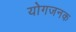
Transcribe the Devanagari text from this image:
योगजनक